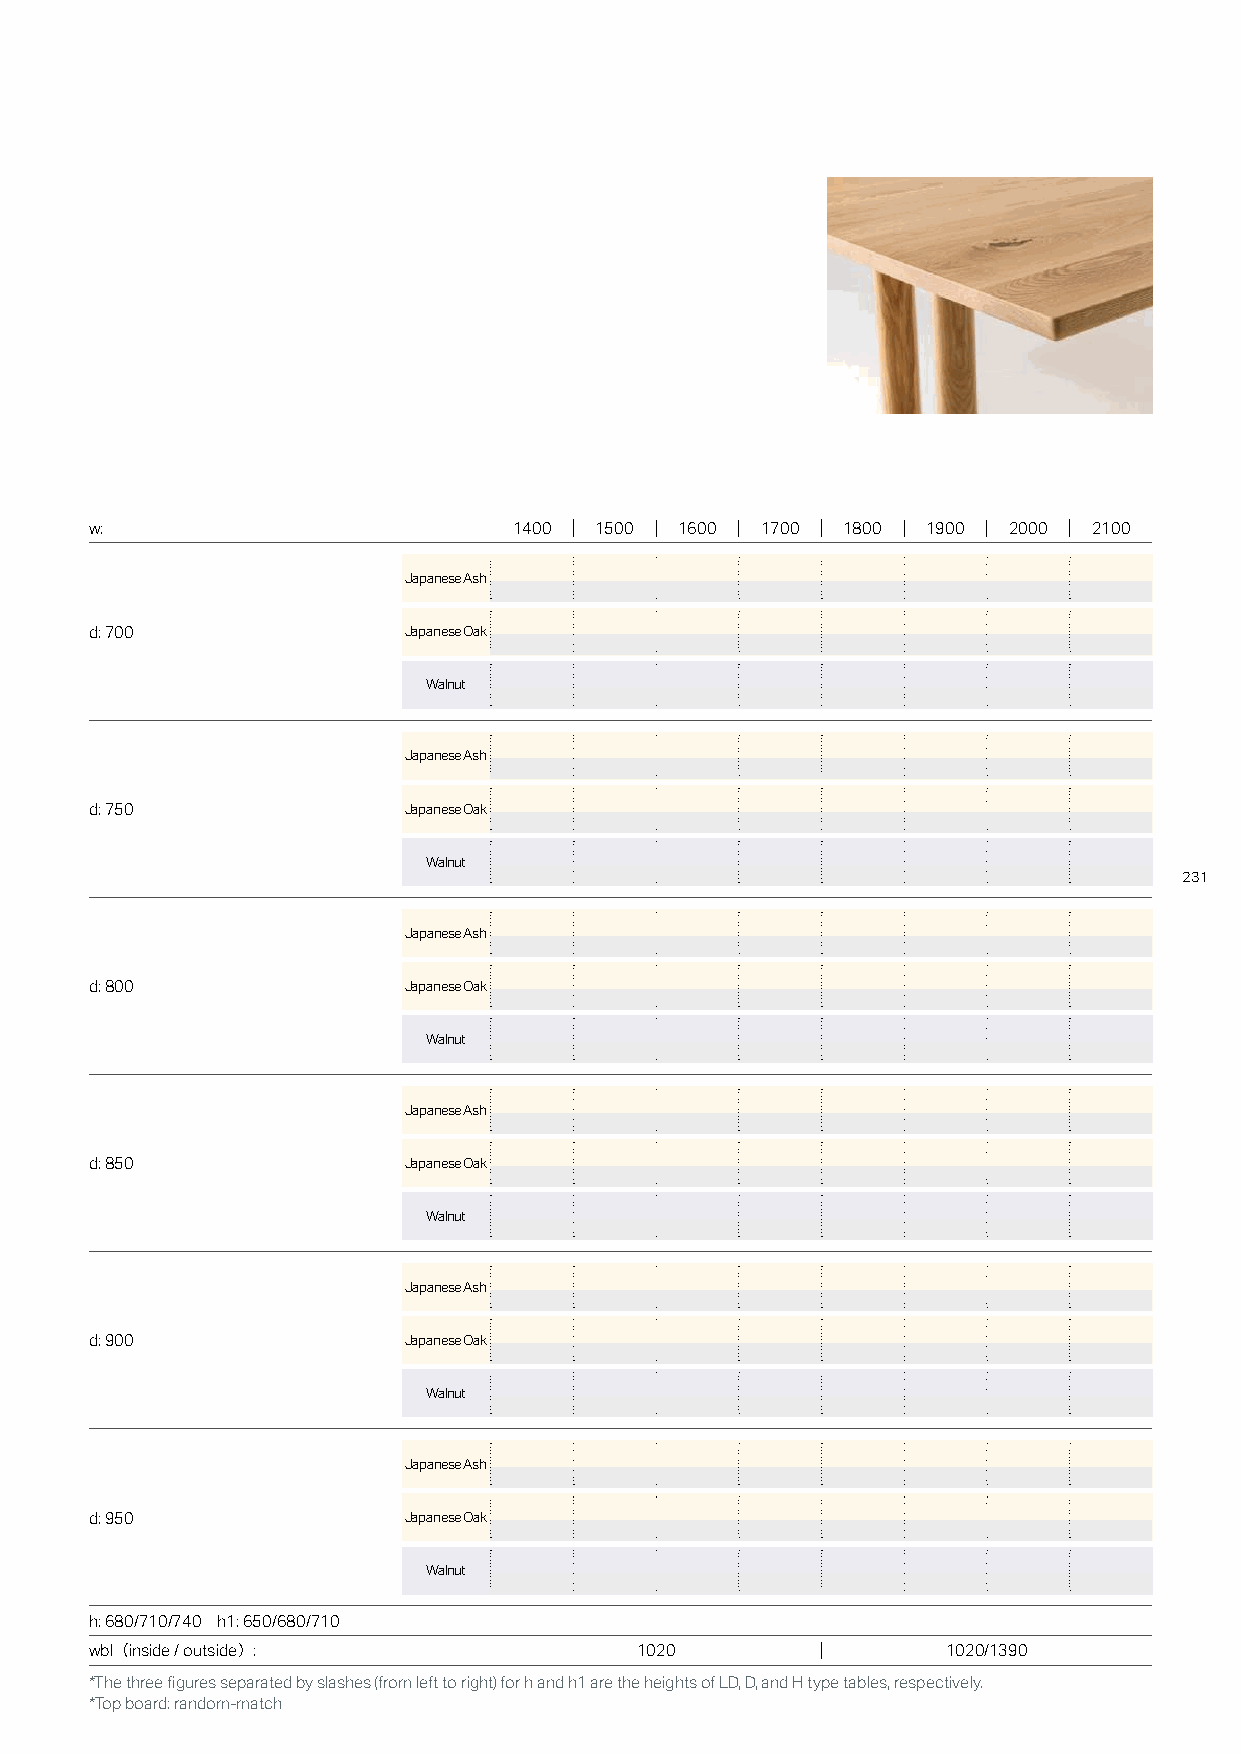
w:                          1400 1500  1600 1700  1800 1900  2000 2100
 Japanese Ash
 d: 700               Japanese Oak
 Walnut
 Japanese Ash
 d: 750               Japanese Oak
 Walnut
 231
 Japanese Ash
 d: 800               Japanese Oak
 Walnut
 Japanese Ash
 d: 850               Japanese Oak
 Walnut
 Japanese Ash
 d: 900               Japanese Oak
 Walnut
 Japanese Ash
 d: 950               Japanese Oak
 Walnut
 h: 680/710/740 h1: 650/680/710
 wbl（inside / outside）:              1020                 1020/1390
 *The three figures separated by slashes (from left to right) for h and h1 are the heights of LD, D, and H type tables, respectively.
 *Top board: random-match